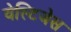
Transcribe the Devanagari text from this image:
वेस्टिजेस